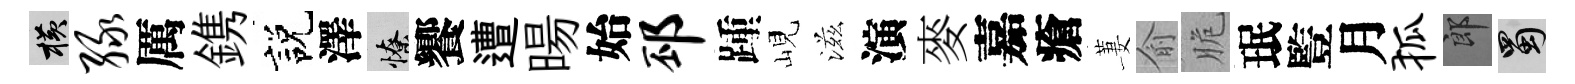
横绿厲鎸説澤憭饗遭暘始邳踵峴滋演麥嘉瘡萋俞脆珉䜿月狐郎蜀